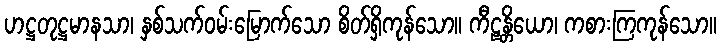
ဟဋ္ဌတုဋ္ဌမာနသာ၊ နှစ်သက်ဝမ်းမြောက်သော စိတ်ရှိကုန်သော။ ကီဠန္တိယော၊ ကစားကြကုန်သော။